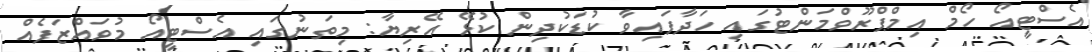
އެސްޓީއޯ ހޯމް އިމްޕްރޫވްމަންޓުގައި ހަދާފައިވާ ކުޑަކުދިން ކުޅޭ އޭރިޔާ: މިތަނުގައި އެސްޓީއޯ މުވައްޒަފެއް